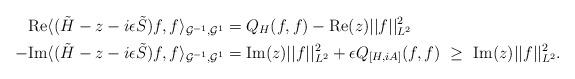
LaTeX: \begin{align*} \mbox{Re} \langle (\tilde{H} - z - i \epsilon \tilde{S}) f , f \rangle_{{\mathcal G}^{-1},{\mathcal G}^1} &= Q_H (f,f) - \mbox{Re}(z) ||f||_{L^2}^2 \\ - \mbox{Im} \langle (\tilde{H} - z - i \epsilon \tilde{S}) f , f \rangle_{{\mathcal G}^{-1},{\mathcal G}^1} &= \mbox{Im}(z)||f||_{L^2}^2 + \epsilon Q_{[H,iA]}(f,f) \ \geq \ \mbox{Im}(z)||f||_{L^2}^2 . \end{align*}